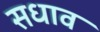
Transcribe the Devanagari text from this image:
सधाव